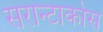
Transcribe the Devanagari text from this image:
सरान्टाकोस